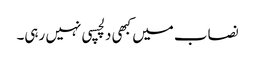
نصاب میں کبھی دلچسپی نہیں رہی۔